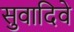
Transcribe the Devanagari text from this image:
सुवादिवे